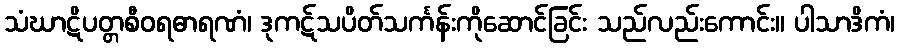
သံဃာဋိပတ္တစီဝရဓာရဏံ၊ ဒုကဋ်သပိတ်သင်္ကန်းကိုဆောင်ခြင်း သည်လည်းကောင်း။ ပါသာဒိကံ၊